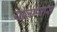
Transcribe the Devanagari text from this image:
योजण्यास